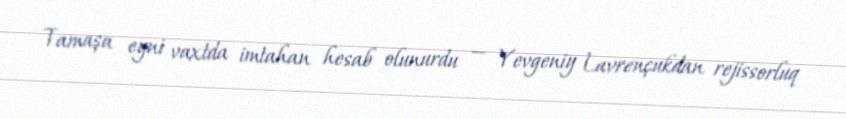
Tamaşa eyni vaxtda imtahan hesab olunurdu — Yevgeniy Lavrençukdan rejissorluq